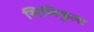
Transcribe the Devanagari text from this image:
सिलिकुला